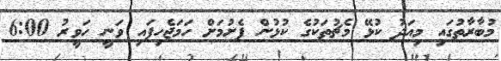
މުބާރާތުގައި މިއަދު ކުޅޭ މެޗުތަކުގެ ކުޅުން ފެށުމަށް ހަމަޖެހިފައި ވަނީ ހަވީރު 6:00